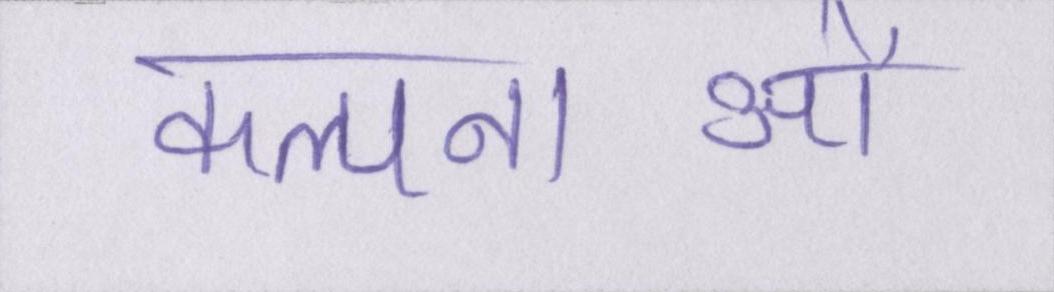
कल्पनाओं